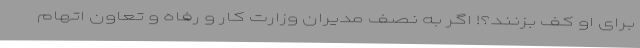
برای او کف بزنند؟! اگر به نصف مدیران وزارت کار و رفاه و تعاون اتهام